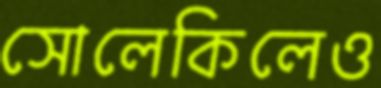
সোলেকিলেও